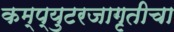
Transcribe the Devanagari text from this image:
कम्प्युटरजागृतीचा